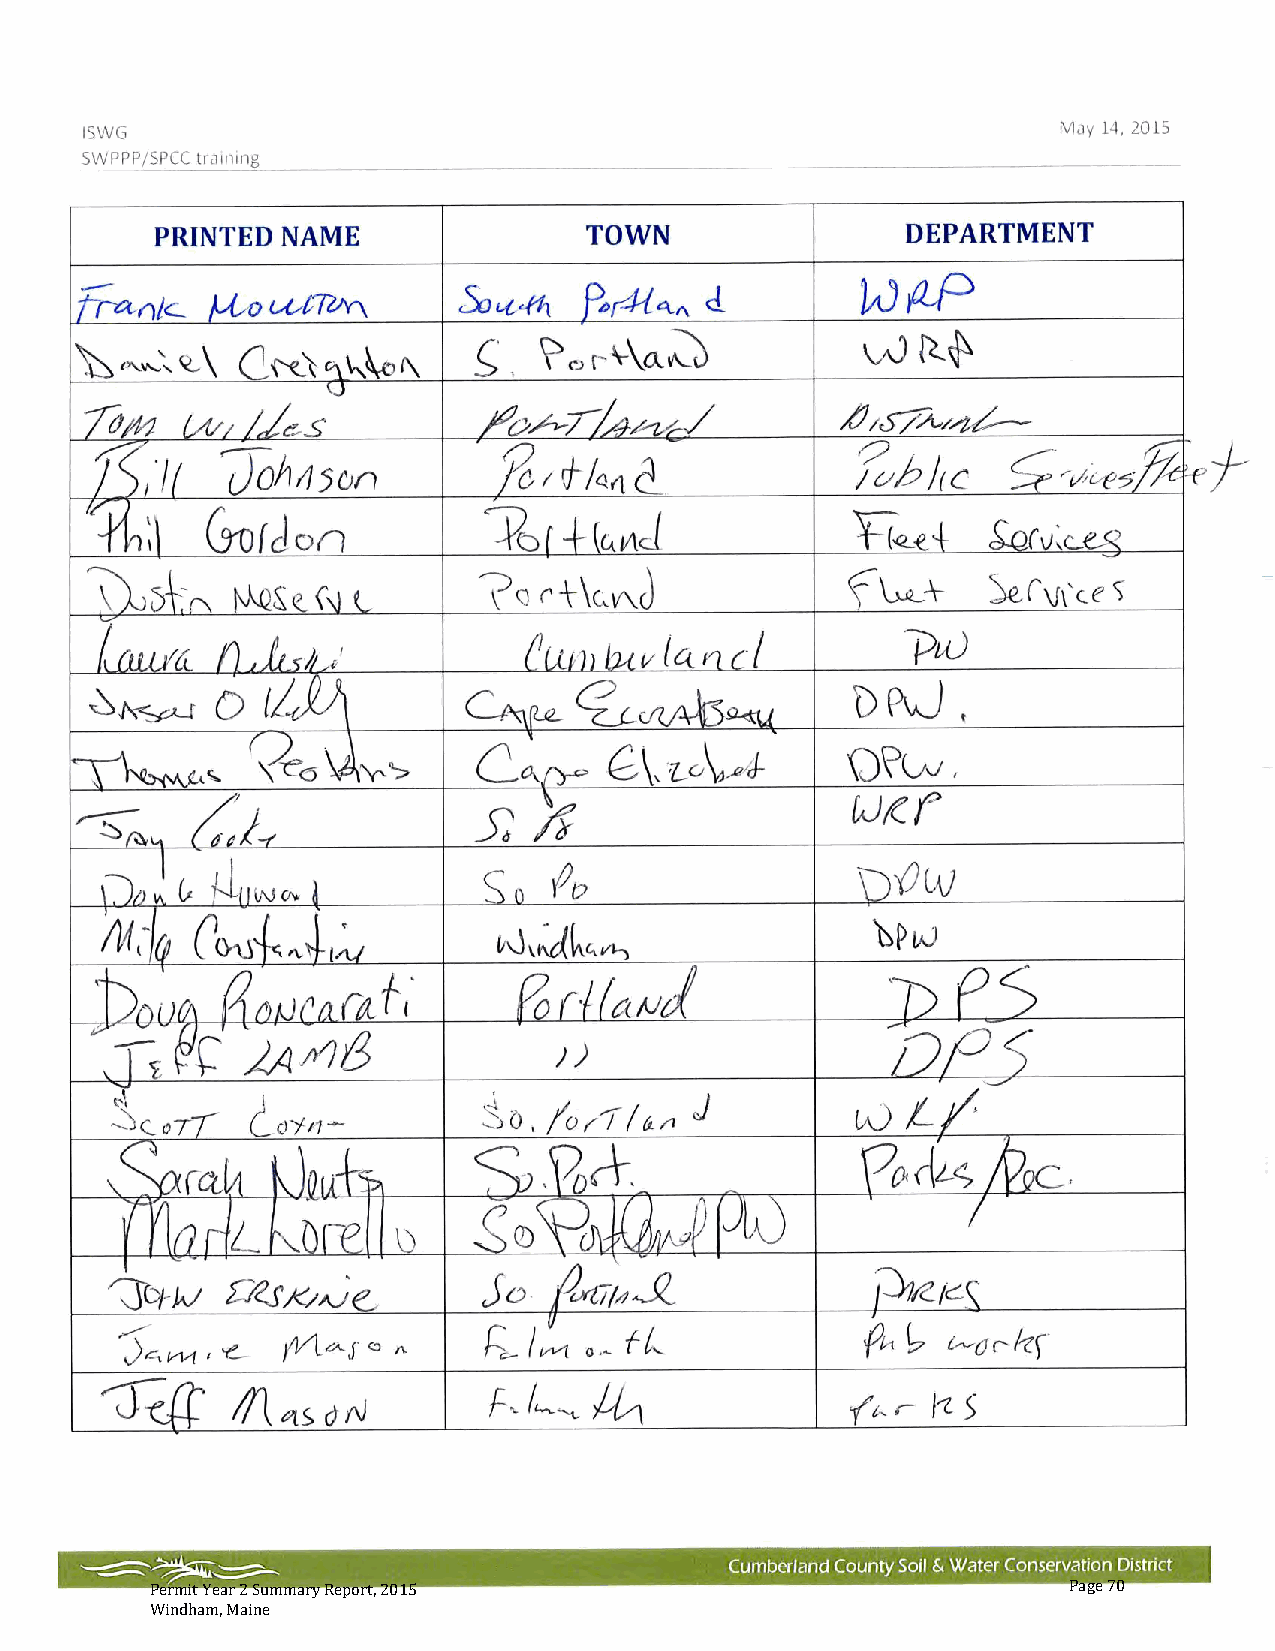
Permit Year 2 Summary Report, 2015                           Page 70
 Windham, Maine